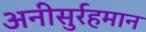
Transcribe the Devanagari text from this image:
अनीसुर्रहमान